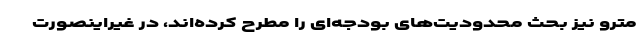
مترو نیز بحث محدودیت‌های بودجه‌ای را مطرح کرده‌اند، در غیراینصورت